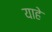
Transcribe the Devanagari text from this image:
याहे